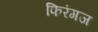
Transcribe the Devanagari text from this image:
फिरंगज